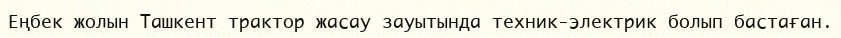
Еңбек жолын Ташкент трактор жасау зауытында техник-электрик болып бастаған.